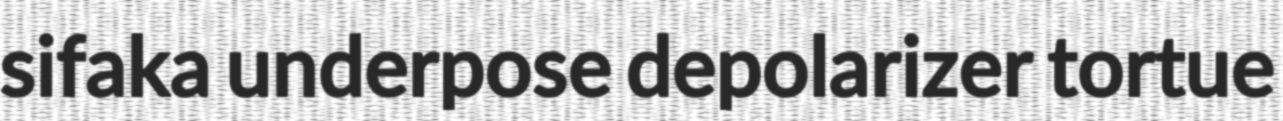
sifaka underpose depolarizer tortue